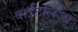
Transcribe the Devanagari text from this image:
वाईटलिज्म